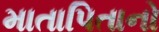
માતાપિતાનો